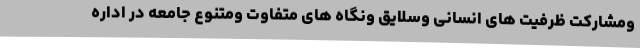
ومشارکت ظرفیت های انسانی وسلایق ونگاه های متفاوت ومتنوع جامعه در اداره